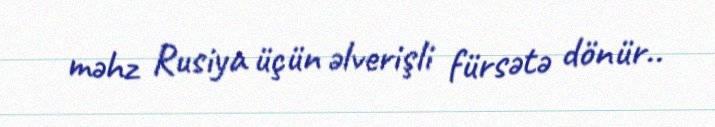
məhz Rusiya üçün əlverişli fürsətə dönür..